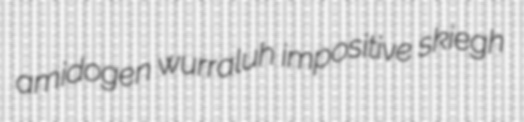
amidogen wurraluh impositive skiegh